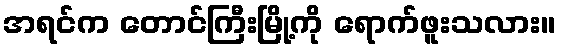
အရင်က တောင်ကြီးမြို့ကို ရောက်ဖူးသလား။